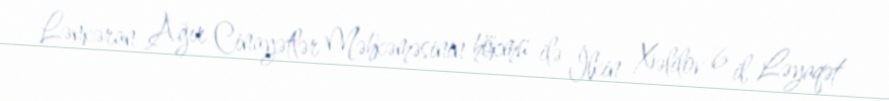
Lənkəran Ağır Cinayətlər Məhkəməsinin hökmü ilə İlkin Xəlilov 6 il, Ləyaqət